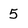
Character: 5